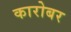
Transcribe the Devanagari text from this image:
कारोबर